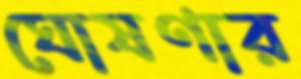
ঘোষণার